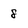
Character: 8